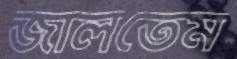
জালতেম